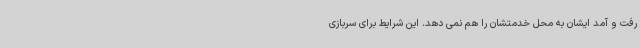
رفت و آمد ایشان به محل خدمتشان را هم نمی دهد. این شرایط برای سربازی